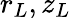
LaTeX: r_{L},z_{L}